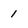
Character: 1